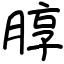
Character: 朜